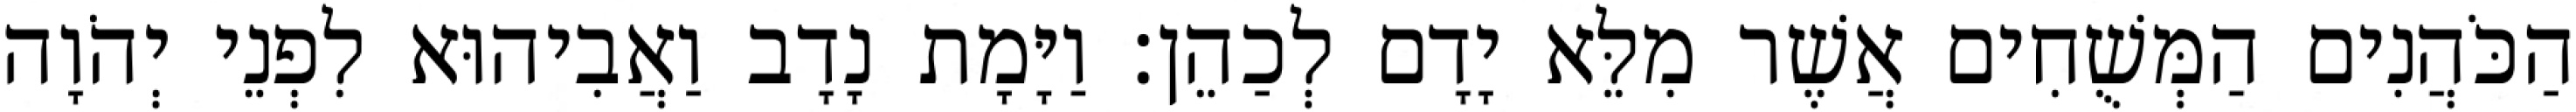
הַכֹּהֲנִים הַמְּשֻׁחִים אֲשֶׁר מִלֵּא יָדָם לְכַהֵן׃ וַיָּמָת נָדָב וַאֲבִיהוּא לִפְנֵי יְהֹוָה